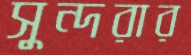
সুন্দরার